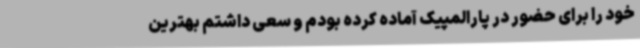
خود را برای حضور در پارالمپیک آماده کرده بودم و سعی داشتم بهترین